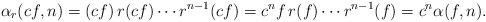
LaTeX: \begin{align*}\alpha_r(cf,n) = (cf) \, r(cf) \cdots r^{n-1}(cf) = c^{n} f \, r(f) \cdots r^{n-1}(f) = c^n \alpha(f,n).\end{align*}